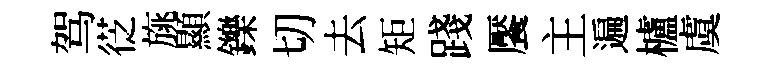
驾徔旐顯鑠切去矩踐饜主遍櫨虞